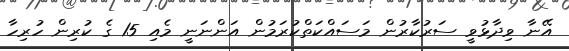
އޭނާ ވިދާޅުވީ ސަރުކާރުން މަސައްކަތްކުރަމުން އަންނަނީ މެއި 15 ގެ ކުރިން ހުރިހާ